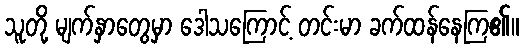
သူတို့ မျက်နှာတွေမှာ ဒေါသကြောင့် တင်းမာ ခက်ထန်နေကြ၏။